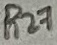
Text: R27